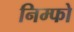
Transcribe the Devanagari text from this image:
निम्फो